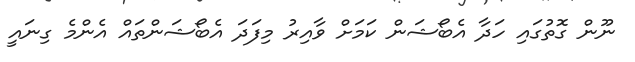
ނޫން ގޮތުގައި ހަދާ އެބޯޝަން ކަމަށް ވާއިރު މިފަދަ އެބޯޝަންތައް އެންމެ ގިނައީ